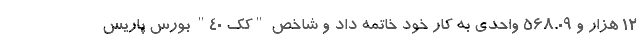
۱۲ هزار و ۵۶۸.۰۹ واحدی به کار خود خاتمه داد و شاخص "کک ۴۰" بورس پاریس